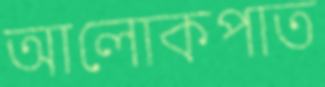
আলোকপাত